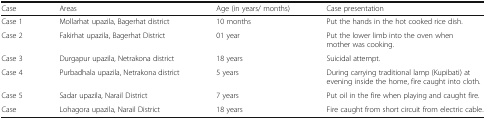
<table><thead><tr><td><b>Case</b></td><td><b>Areas</b></td><td><b>Age (in years/ months)</b></td><td><b>Case presentation</b></td></tr></thead><tbody><tr><td>Case 1</td><td>Mollarhat upazila, Bagerhat district</td><td>10 months</td><td>Put the hands in the hot cooked rice dish.</td></tr><tr><td>Case 2</td><td>Fakirhat upazila, Bagerhat District</td><td>01 year</td><td>Put the lower limb into the oven when mother was cooking.</td></tr><tr><td>Case 3</td><td>Durgapur upazila, Netrakona district</td><td>18 years</td><td>Suicidal attempt.</td></tr><tr><td>Case 4</td><td>Purbadhala upazila, Netrakona district</td><td>5 years</td><td>During carrying traditional lamp (Kupibati) at evening inside the home, fire caught into cloth.</td></tr><tr><td>Case 5</td><td>Sadar upazila, Narail District</td><td>7 years</td><td>Put oil in the fire when playing and caught fire.</td></tr><tr><td>Case</td><td>Lohagora upazila, Narail District</td><td>18 years</td><td>Fire caught from short circuit from electric cable.</td></tr></tbody></table>